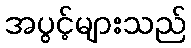
အပွင့်များသည်